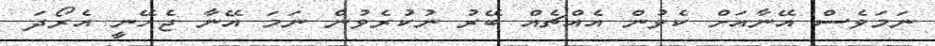
ނަމަވެސް އޭނާއަށް ކެވުން އެއްޗެއް ބޭރު ނުކުރެވުން ނަމަ އޭނާ ޖެހޭނީ އެރޯދަ